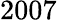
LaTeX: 2007